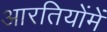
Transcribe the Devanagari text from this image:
आरतियोंमें